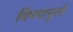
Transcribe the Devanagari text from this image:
विषयापुरते